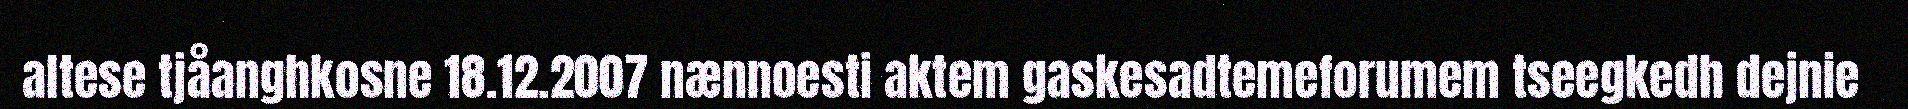
altese tjåanghkosne 18.12.2007 nænnoesti aktem gaskesadtemeforumem tseegkedh dejnie